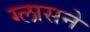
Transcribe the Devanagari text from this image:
ग्लासने